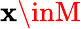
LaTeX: \mathbf{x}\inM